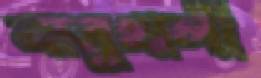
বাবুখালী